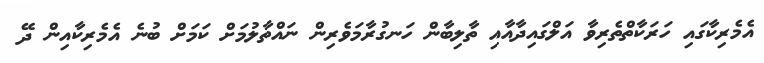
އެމެރިކާގައި ހަރަކާތްތެރިވާ އަލްގައިދާއާއި ތާލިބާން ހަނގުރާމަވެރިން ނައްތާލުމަށް ކަމަށް ބުނެ އެމެރިކާއިން ދޭ